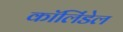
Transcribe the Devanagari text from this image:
कॉलिंडेल